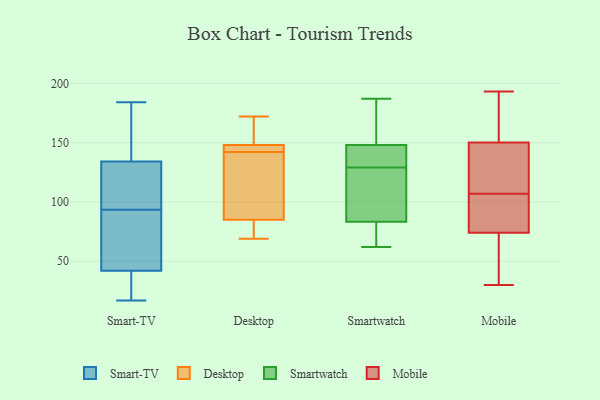
{"axis": {"x": "Website Visitors", "y": "Value"}, "legend": ["Desktop", "Mobile", "Smart-TV", "Smartwatch"], "data": [{"x": "", "y": 17, "type": "Smart-TV"}, {"x": "", "y": 142, "type": "Smart-TV"}, {"x": "", "y": 40, "type": "Smart-TV"}, {"x": "", "y": 27, "type": "Smart-TV"}, {"x": "", "y": 184, "type": "Smart-TV"}, {"x": "", "y": 108, "type": "Smart-TV"}, {"x": "", "y": 42, "type": "Smart-TV"}, {"x": "", "y": 70, "type": "Smart-TV"}, {"x": "", "y": 61, "type": "Smart-TV"}, {"x": "", "y": 105, "type": "Smart-TV"}, {"x": "", "y": 100, "type": "Smart-TV"}, {"x": "", "y": 87, "type": "Smart-TV"}, {"x": "", "y": 155, "type": "Smart-TV"}, {"x": "", "y": 50, "type": "Smart-TV"}, {"x": "", "y": 120, "type": "Smart-TV"}, {"x": "", "y": 134, "type": "Smart-TV"}, {"x": "", "y": 41, "type": "Smart-TV"}, {"x": "", "y": 154, "type": "Smart-TV"}, {"x": "", "y": 75, "type": "Desktop"}, {"x": "", "y": 144, "type": "Desktop"}, {"x": "", "y": 111, "type": "Desktop"}, {"x": "", "y": 145, "type": "Desktop"}, {"x": "", "y": 69, "type": "Desktop"}, {"x": "", "y": 152, "type": "Desktop"}, {"x": "", "y": 140, "type": "Desktop"}, {"x": "", "y": 148, "type": "Desktop"}, {"x": "", "y": 172, "type": "Desktop"}, {"x": "", "y": 85, "type": "Desktop"}, {"x": "", "y": 78, "type": "Smartwatch"}, {"x": "", "y": 77, "type": "Smartwatch"}, {"x": "", "y": 127, "type": "Smartwatch"}, {"x": "", "y": 187, "type": "Smartwatch"}, {"x": "", "y": 160, "type": "Smartwatch"}, {"x": "", "y": 85, "type": "Smartwatch"}, {"x": "", "y": 129, "type": "Smartwatch"}, {"x": "", "y": 144, "type": "Smartwatch"}, {"x": "", "y": 62, "type": "Smartwatch"}, {"x": "", "y": 106, "type": "Smartwatch"}, {"x": "", "y": 169, "type": "Smartwatch"}, {"x": "", "y": 140, "type": "Smartwatch"}, {"x": "", "y": 139, "type": "Smartwatch"}, {"x": "", "y": 150, "type": "Mobile"}, {"x": "", "y": 163, "type": "Mobile"}, {"x": "", "y": 74, "type": "Mobile"}, {"x": "", "y": 85, "type": "Mobile"}, {"x": "", "y": 90, "type": "Mobile"}, {"x": "", "y": 30, "type": "Mobile"}, {"x": "", "y": 133, "type": "Mobile"}, {"x": "", "y": 124, "type": "Mobile"}, {"x": "", "y": 193, "type": "Mobile"}, {"x": "", "y": 79, "type": "Mobile"}, {"x": "", "y": 41, "type": "Mobile"}, {"x": "", "y": 173, "type": "Mobile"}, {"x": "", "y": 142, "type": "Mobile"}, {"x": "", "y": 64, "type": "Mobile"}]}